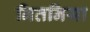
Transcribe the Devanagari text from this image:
नितनिया